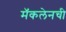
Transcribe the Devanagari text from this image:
मॅकलेनची